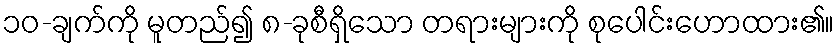
၁၀-ချက်ကို မူတည်၍ ၈-ခုစီရှိသော တရားများကို စုပေါင်းဟောထား၏။